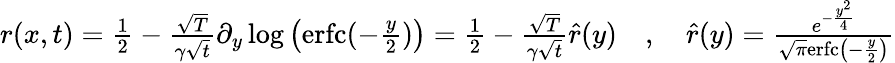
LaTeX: \begin{array}{r}{r(x,t)=\frac{1}{2}-\frac{\sqrt{T}}{\gamma\sqrt{t}}\partial_{y}\log\left(\mathrm{erfc}(-\frac{y}{2})\right)=\frac{1}{2}-\frac{\sqrt{T}}{\gamma\sqrt{t}}\hat{r}(y)\quad,\quad\hat{r}(y)=\frac{e^{-\frac{y^{2}}{4}}}{\sqrt{\pi}\mathrm{erfc}\left(-\frac{y}{2}\right)}}\end{array}